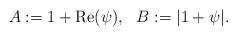
LaTeX: \begin{align*}A:=1+{\rm Re}(\psi),\ \ B:=|1+\psi|.\end{align*}